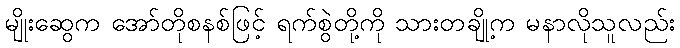
မျိုးဆွေက အော်တိုစနစ်ဖြင့် ရက်စွဲတို့ကို သားတချို့က မနာလိုသူလည်း